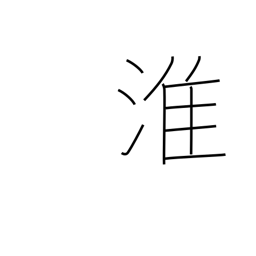
Meaning: name of a Chinese river